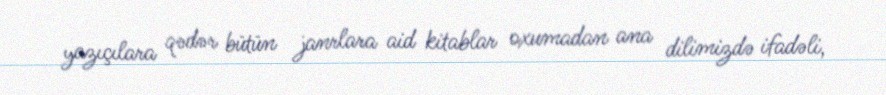
yazıçılara qədər bütün janrlara aid kitablar oxumadan ana dilimizdə ifadəli,